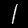
Label: 1